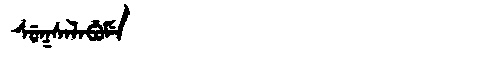
Manchu: ᠰᡠᡴᠰᠠᠯᠠᠪᡠᠮᡝ
Romanization: SUKSALABUME